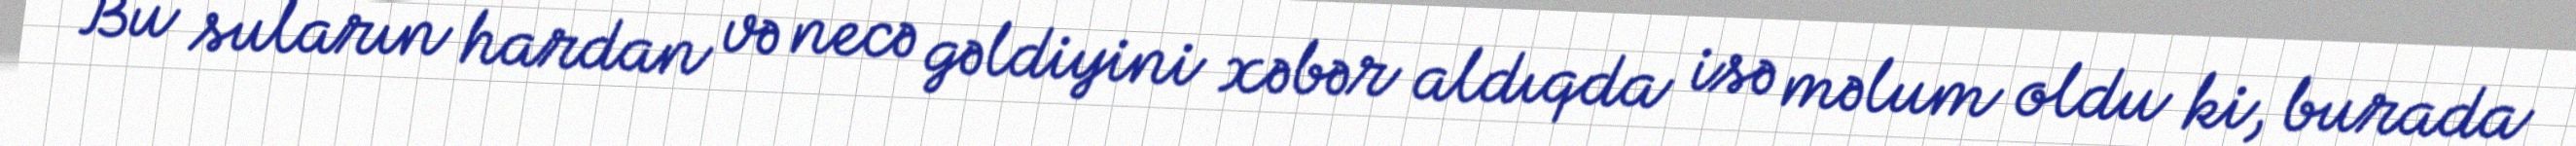
Bu suların hardan və necə gəldiyini xəbər aldıqda isə məlum oldu ki, burada